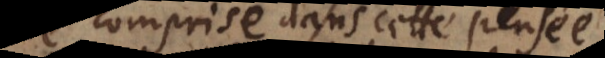
comprise dans cette pensée